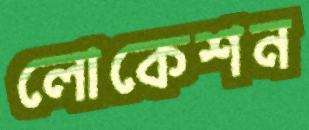
লোকেশন